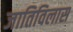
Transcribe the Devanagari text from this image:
जातिविलास